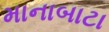
માનાબાટા